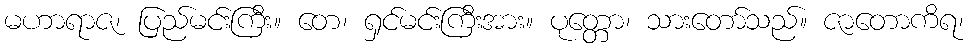
မဟာရာဇ၊ ပြည်မင်းကြီး။ တေ၊ ရှင်မင်းကြီးအား။ ပုတ္တော၊ သားတော်သည်။ ဇာတောကိရ၊